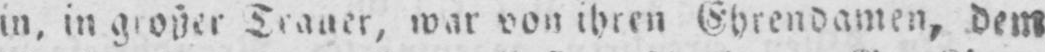
in, in großer Trauer war von ihren Ehrendamen, dem